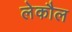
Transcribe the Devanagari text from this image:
लेकौल